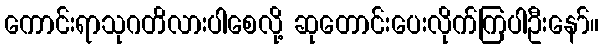
ကောင်းရာသုဂတိလားပါစေလို့ ဆုတောင်းပေးလိုက်ကြပါဦးနော်။